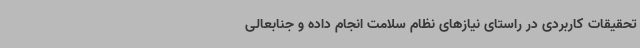
تحقیقات کاربردی در راستای نیازهای نظام سلامت انجام داده و جنابعالی